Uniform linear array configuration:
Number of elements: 24
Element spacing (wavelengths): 0.5
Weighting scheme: blackman
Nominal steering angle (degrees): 30
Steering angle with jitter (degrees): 29.646
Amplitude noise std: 0.05
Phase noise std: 0.05

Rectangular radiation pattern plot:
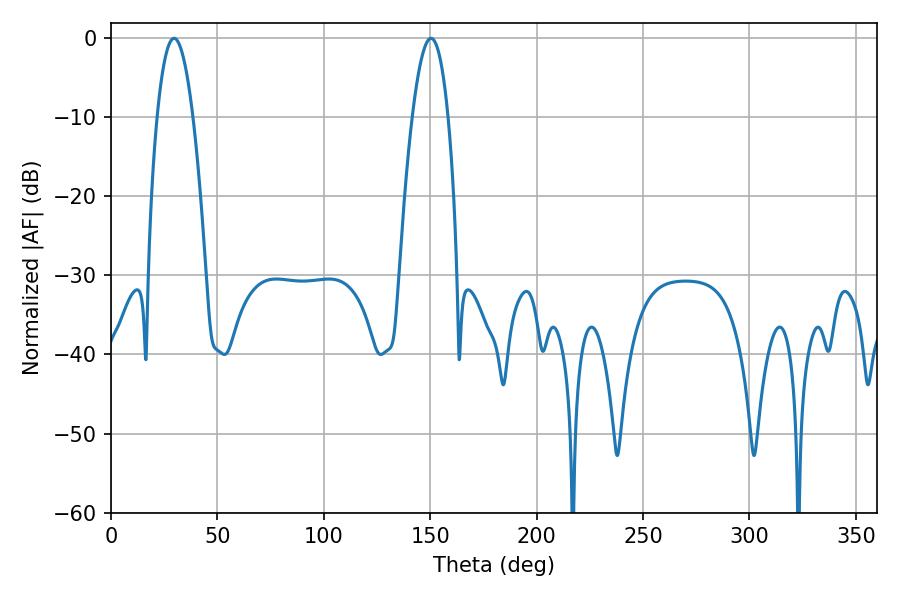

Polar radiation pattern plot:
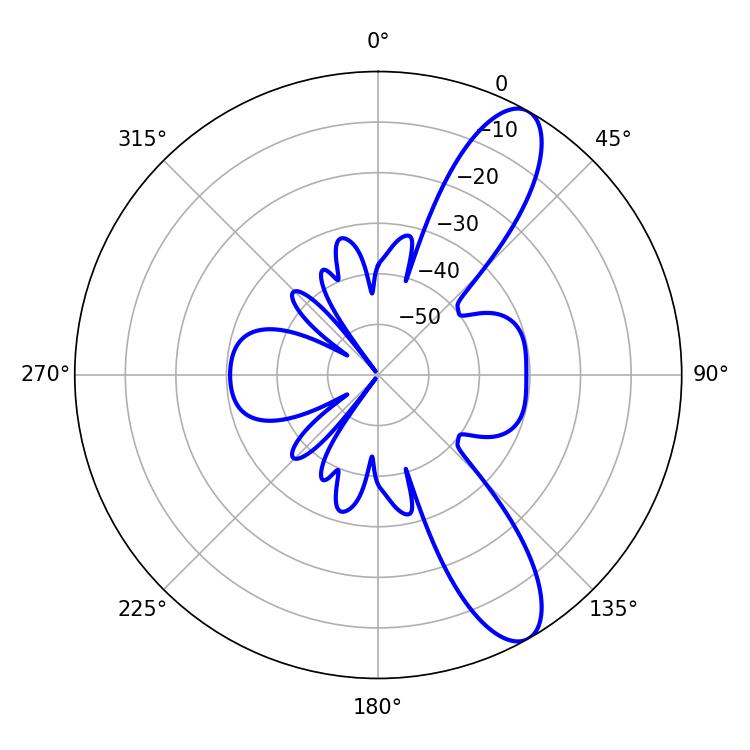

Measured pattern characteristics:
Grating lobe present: FALSE
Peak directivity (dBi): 10.629
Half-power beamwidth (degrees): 9.18
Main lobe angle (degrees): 150.3